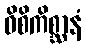
ဝိစိကိစ္ဆာနံ